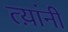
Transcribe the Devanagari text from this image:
त्य़ांनी